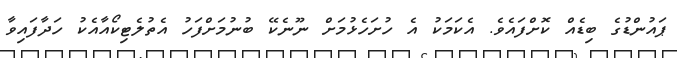
ޕައުންޑުގެ ބިޑެއް ކޮށްފައެވެ. އެކަމަކު އެ ހުށަހެޅުމަށް ނޫނެކޭ ބުނުމަށްފަހު އެތުލެޓިކޯއާއެކު ހަދާފައިވާ